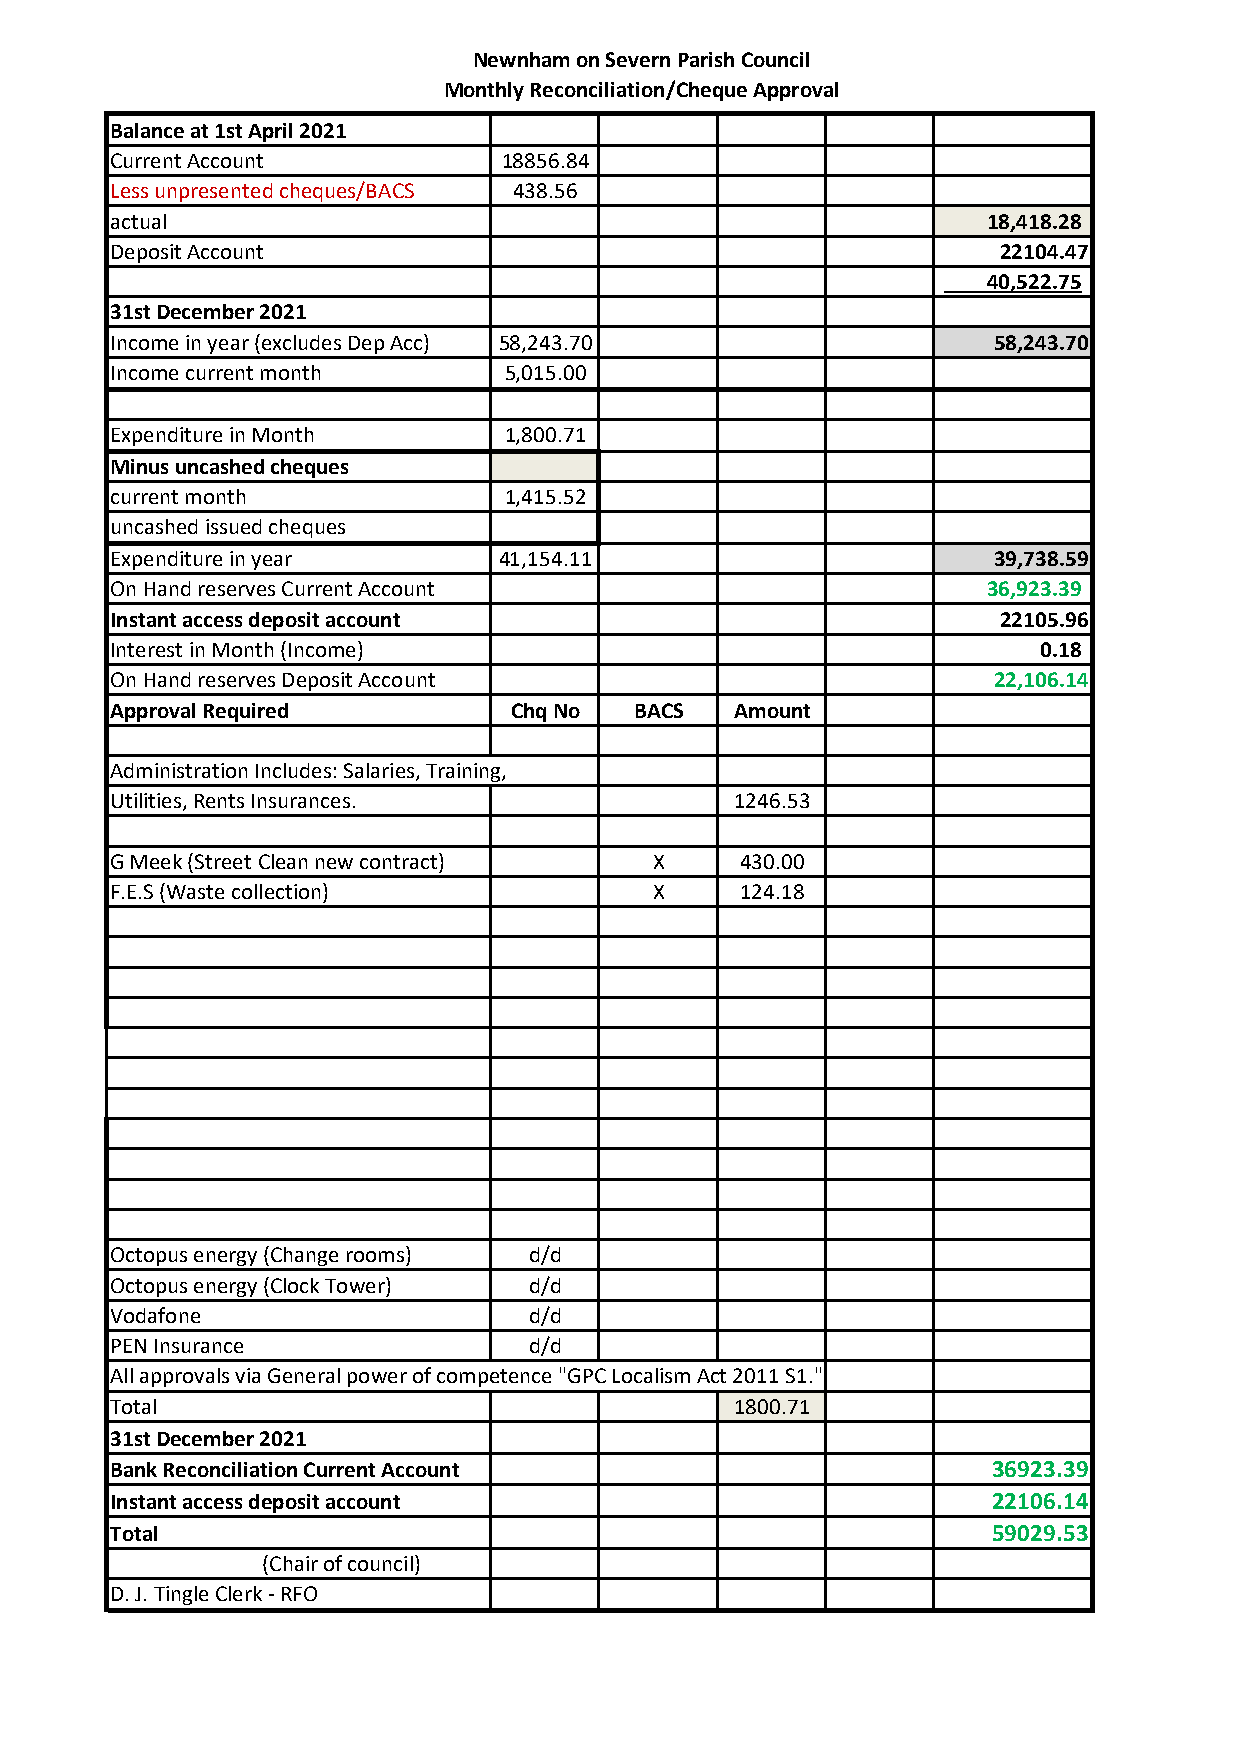
Newnham on Severn Parish Council
 Monthly Reconciliation/Cheque Approval
 Balance at 1st April 2021
 Current Account           18856.84
 Less unpresented cheques/BACS 438.56
 actual                                                    18,418.28
 Deposit Account                                            22104.47
 40,522.75
 31st December 2021
 Income in year (excludes Dep Acc) 58,243.70                58,243.70
 Income current month      5,015.00
 Expenditure in Month      1,800.71
 Minus uncashed cheques
 current month             1,415.52
 uncashed issued cheques
 Expenditure in year       41,154.11                        39,738.59
 On Hand reserves Current Account                          36,923.39
 Instant access deposit account                             22105.96
 Interest in Month (Income)                                    0 .18
 On Hand reserves Deposit Account                           22,106.14
 Approval Required          Chq No  BACS   Amount
 Administration Includes: Salaries, Training,
 Utilities, Rents Insurances.              1246.53
 G Meek (Street Clean new contract)  X     430.00
 F.E.S (Waste collection)            X     124.18
 Octopus energy (Change rooms) d/d
 Octopus energy (Clock Tower) d/d
 Vodafone                    d/d
 PEN Insurance               d/d
 All approvals via General power of competence "GPC Localism Act 2011 S1."
 Total                                     1800.71
 31st December 2021
 Bank Reconciliation Current Account                        36923.39
 Instant access deposit account                             22106.14
 Total                                                      59029.53
 (Chair of council)
 D. J. Tingle Clerk - RFO